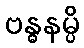
ဗန္ဓနမ္ပိ